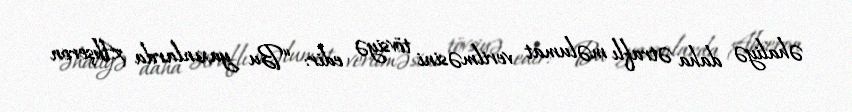
əhaliyə daha ətraflı məlumat verilməsini tövsiyə edir: “Bu yaxınlarda Abşeron